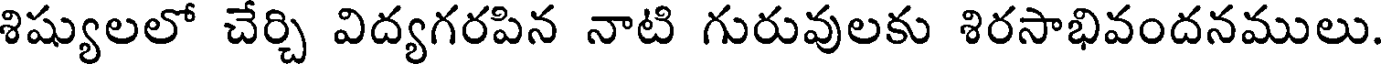
శిష్యులలో చేర్చి విద్యగరపిన నాటి గురువులకు శిరసాభివందనములు